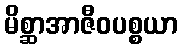
မိစ္ဆာအာဇီဝပစ္စယာ